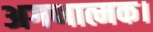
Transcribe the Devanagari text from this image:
अगणात्मक।